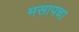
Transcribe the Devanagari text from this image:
मसापचा